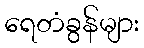
ရေတံခွန်များ